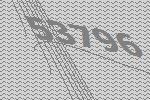
53796